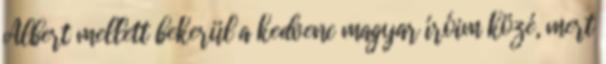
Albert mellett bekerül a kedvenc magyar íróim közé, mert